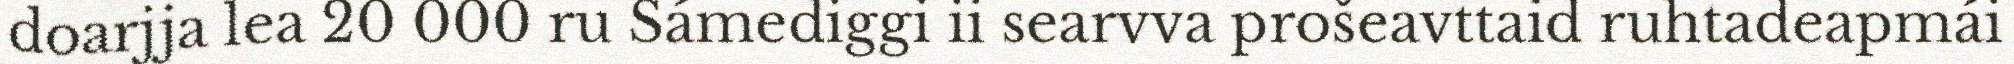
doarjja lea 20 000 ru Sámediggi ii searvva prošeavttaid ruhtadeapmái